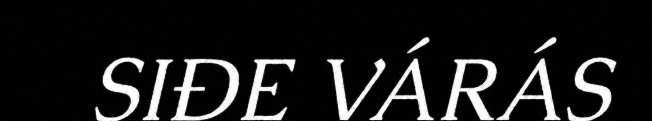
SIĐE VÁRÁS